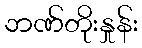
ဘဏ်တိုးနှုန်း